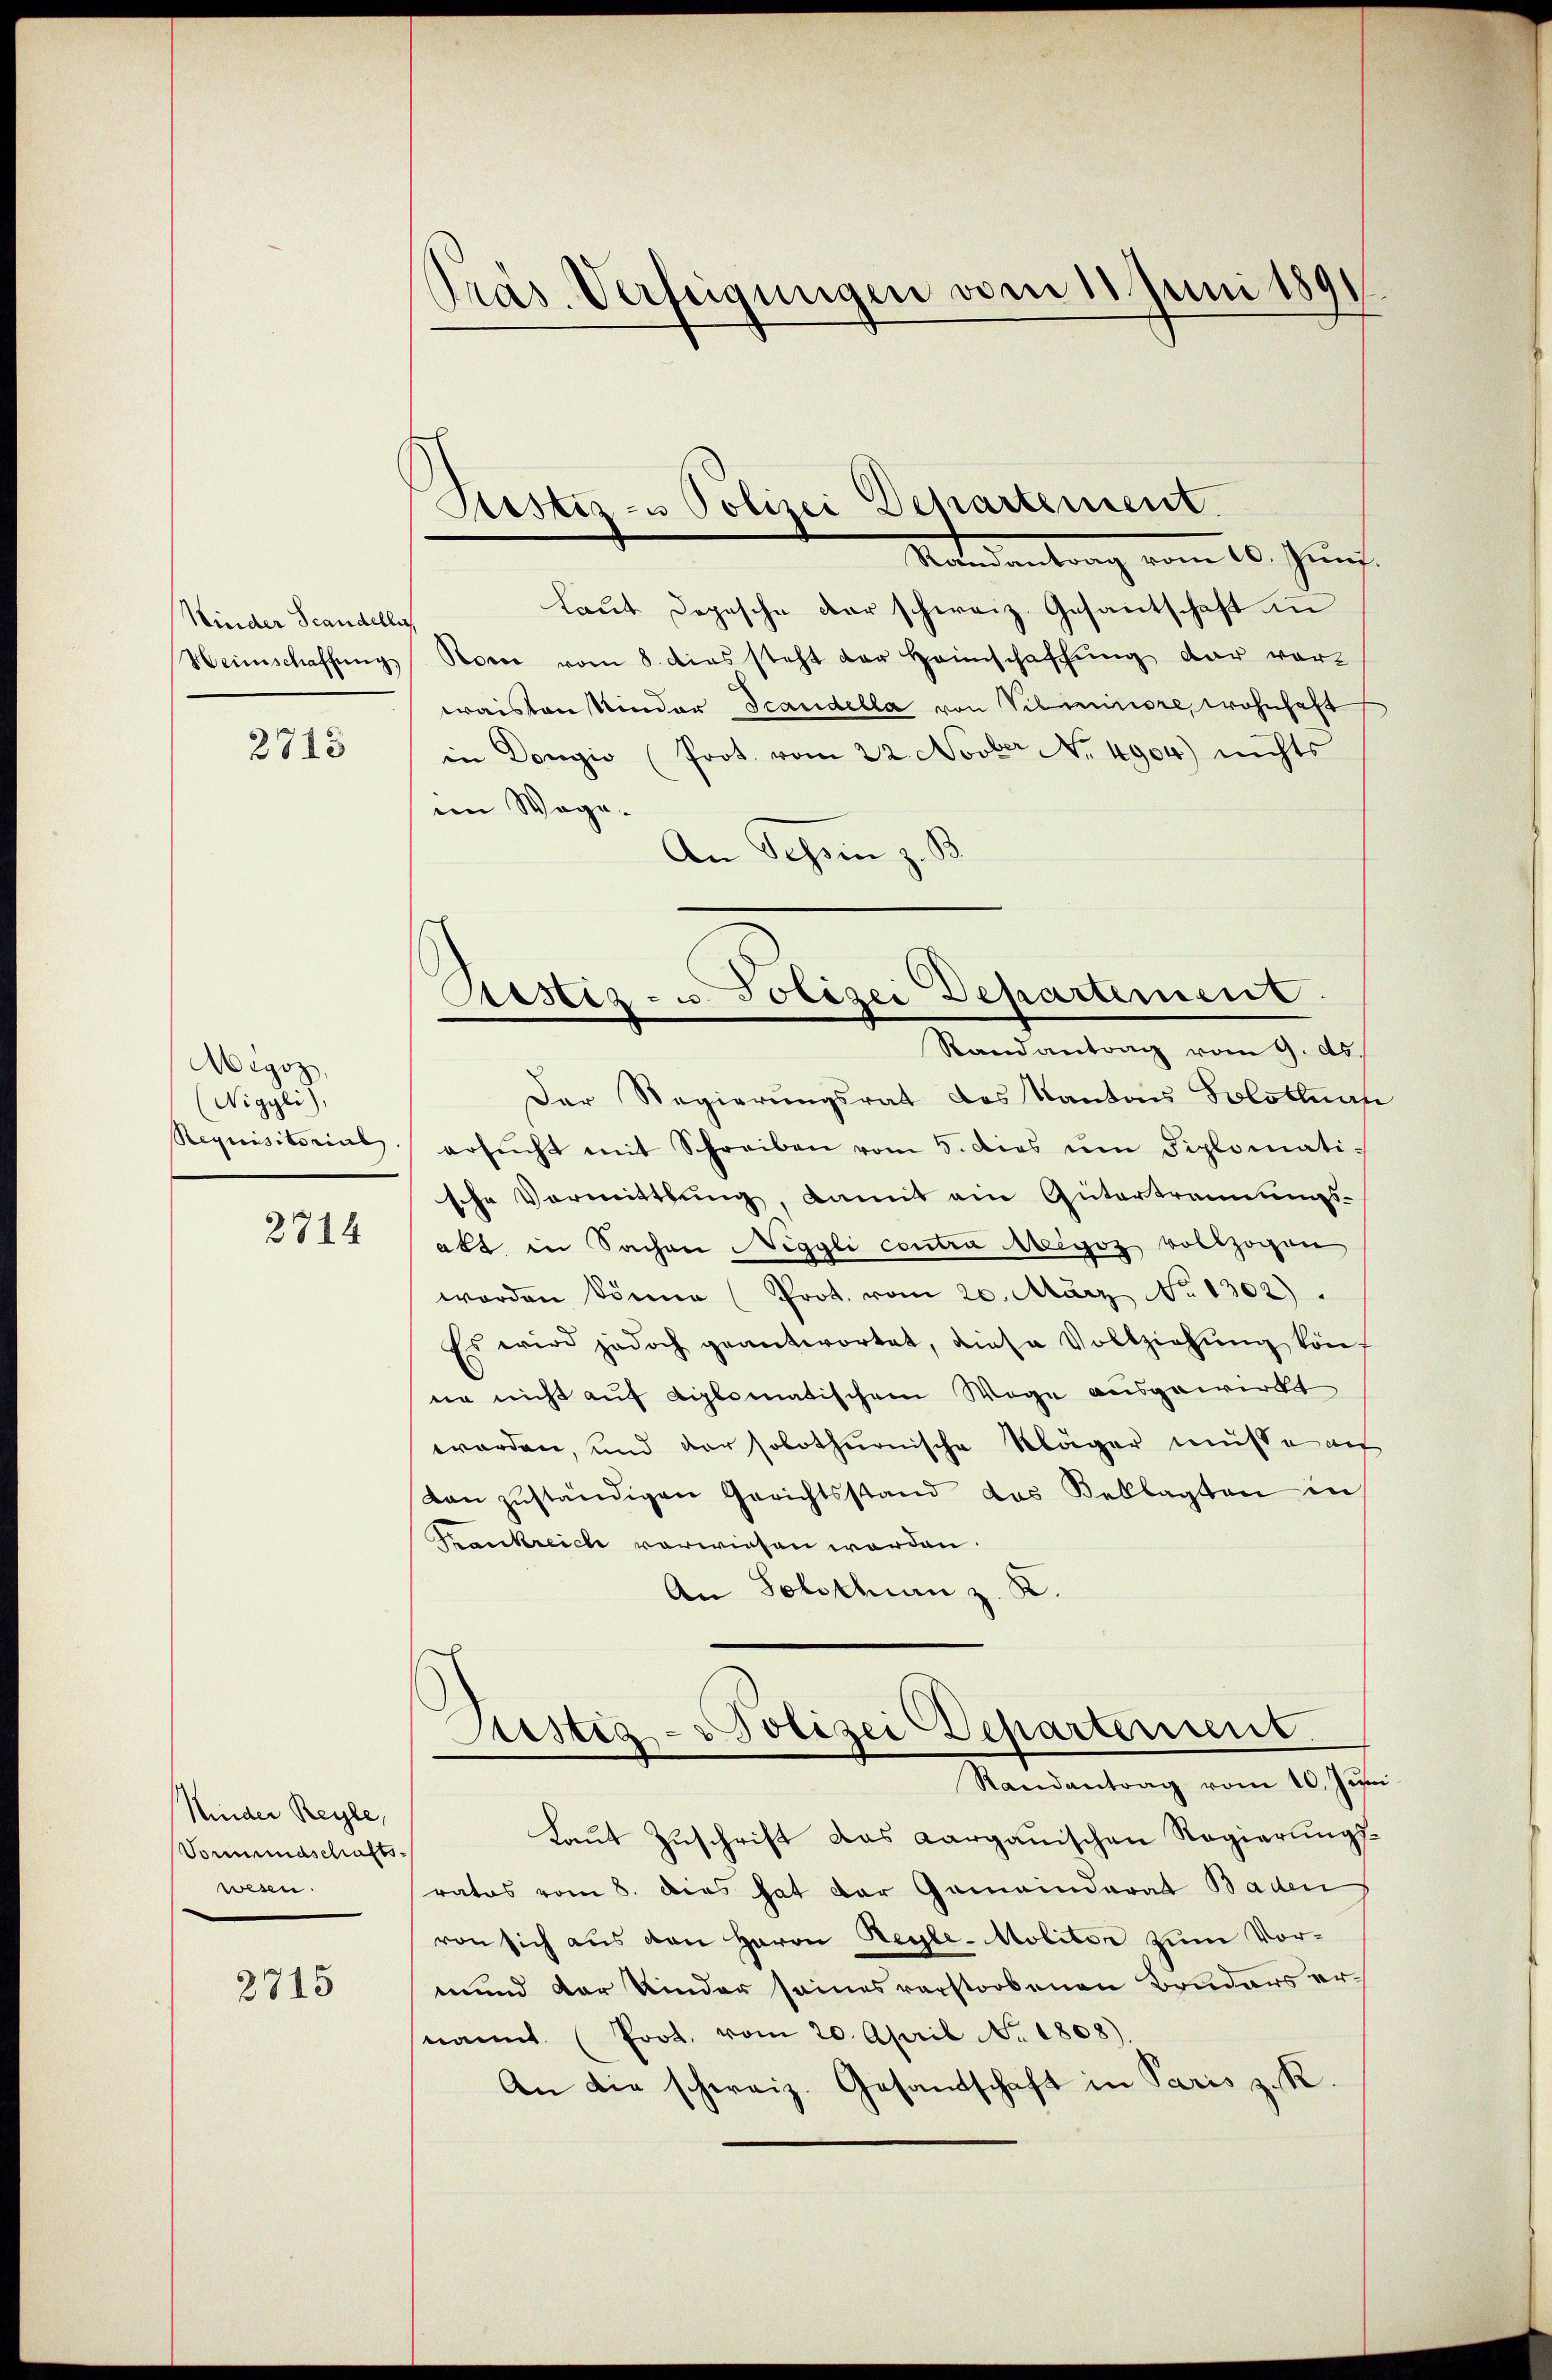
Kinder Standelli
Heinschaffung

2715

Megoz,
Nigyli),
Requisitorial.

2715

2814

Kinder Reyle,
Vormundschafts-
wesn.

Präs. Verfügungen vom 11. Juni 1891

Justiz- u Polizei Departement.

Standentrag vom 10. Jung
Laut Depesche der schweiz. Gesantschaft in
Roe vom 8. dies steht der Heimschaffung dar vor-
waisten Kinder Scandella von Vilminiore, wohnhaft
in Donio (Prot. vom 22. Novber No. 4904) nichts
im Wege.
An Tessin z. B.
Der Regierungsrat des Kantons Solotenan
ersŭcht mit Schreiben vom 5. dies ŭm diplomati-
sche Vormittlung, damit ein Gütertrennungs-
akt in Sachen Niggli contra Megoz vollzogen
worden könne (Prot. vom 20. März No 1302).
Es wird jedoch geantwortet, diese Vollziehŭng könf
ne nicht auf diplomatischem Wege ausgewirkt
worden, und der solothurnische Kläger müsse ach
dan zuständigen Gerichtsstand das Beklagten in
Frankreich verwiesen werden.
An Solothurn z. K.
Sistia-Polizei Departement.
Randantrag vom 10. Jŭni
Laut Zuschrift das Aargauischen Regierungsratos vom 8. das hat der Gemeinderat Baden
von sich aus den Herrn Regle-Molitor zum Vormund der Kinder seines verstorbenen Bruders ernannt (Prot. vom 20. April No 1808).
An die schweiz. Gesandschaft in Paris z. R.

Sistiz- u. Polizei Departement.
Randantrag vom 9. ds.